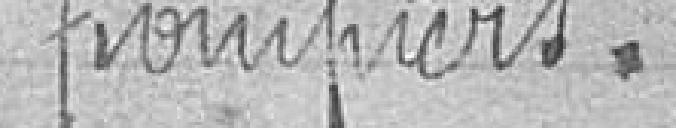
pompiers.